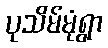
ပုသိမ်မုံရွာ